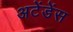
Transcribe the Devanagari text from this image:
अटेंडेंस